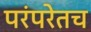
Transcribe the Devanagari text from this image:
परंपरेतच